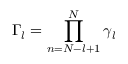
\d \Gamma _ { l } = \prod _ { n = N - l + 1 } ^ { N } \d \gamma _ { l }